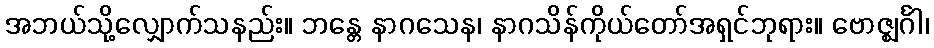
အဘယ်သို့လျှောက်သနည်း။ ဘန္တေ နာဂသေန၊ နာဂသိန်ကိုယ်တော်အရှင်ဘုရား။ ဗောဇ္ဈင်္ဂါ၊